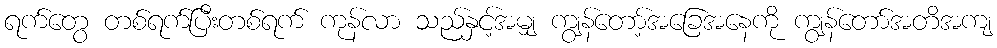
ရက်တွေ တစ်ရက်ပြီးတစ်ရက် ကုန်လာ သည်နှင့်အမျှ ကျွန်တော့်အခြေအနေကို ကျွန်တော်အတိအကျ